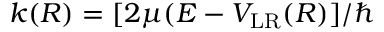
k ( R ) = [ 2 \mu ( E - V _ { \mathrm { L R } } ( R ) ] / \hbar